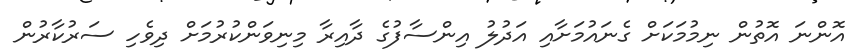
އޮންނަ އޮތުން ނިމުމަކަށް ގެނައުމަށާއި އަދުލު އިންސާފުގެ ދާއިރާ މިނިވަންކުރުމަށް ދިވެހި ސަރުކާރުން